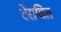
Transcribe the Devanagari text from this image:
टेराबित